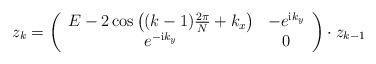
\begin{align*}z_k=\left(\begin{array}{cc} E-2\cos\left((k-1)\frac{2\pi}{N}+k_x\right) & -e^{{\mathrm i}k_y}\\ e^{-{\mathrm i}k_y} & 0\\ \end{array}\right)\cdot z_{k-1}\end{align*}